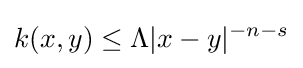
k(x,y)\leq \Lambda |x-y|^{-n-s}